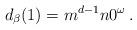
LaTeX: \begin{align*}d_\beta(1)=m^{d-1}n0^\omega\,.\end{align*}